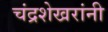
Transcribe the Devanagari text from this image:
चंद्रशेखरांनी